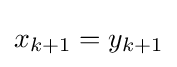
x_{k+1}=y_{k+1}